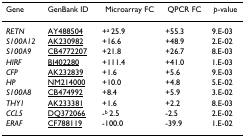
| Gene | GenBank ID | Microarray FC | QPCR FC | p-value |
 | --- | --- | --- | --- | --- |
 | RETN | AY488504 | +a 25.9 | +55.3 | 9.E-03 |
 | S100A12 | AK230982 | +16.6 | +48.9 | 2.E-02 |
 | S100A9 | CB4772207 | +21.8 | +26.7 | 8.E-03 |
 | HIRF | BI402280 | +111.4 | +41.0 | 1.E-03 |
 | CFP | AK232839 | +1.6 | +5.6 | 9.E-03 |
 | HP | NM214000 | +10.0 | +4.8 | 5.E-02 |
 | S100A8 | CB474992 | +8.4 | +5.9 | 3.E-02 |
 | THY1 | AK233381 | +1.6 | +2.2 | 8.E-03 |
 | CCL5 | DQ372066 | -b 2.5 | -2.5 | 2.E-02 |
 | ERAF | CF788119 | -100.0 | -39.9 | 1.E-02 |